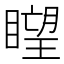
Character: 𥊛